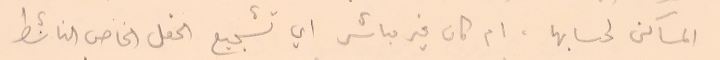
المساكن لحسابها، ام كان غير مباشر اي تشجيع الحقل الخاص الناشط